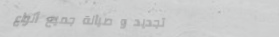
تجديد و صيانة جميع أنواع